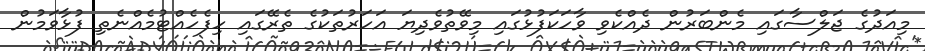
މިއަދުގެ ޖަލްސާގައި މެންބަރުން ދެއްކެވި ވާހަކަފުޅުގައި މިވޭތުވެދިޔަ އަހަރުތަކުގެ ތެރޭގައި ހިފެހެއްޓުމެއްނެތި ފުޅާވަމުން